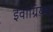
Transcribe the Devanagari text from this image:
इवाग्रियस